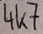
Text: 4K7